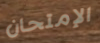
الإمتحان